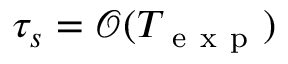
\tau _ { s } = \mathcal { O } ( T _ { \mathrm { ~ e ~ x ~ p ~ } } )